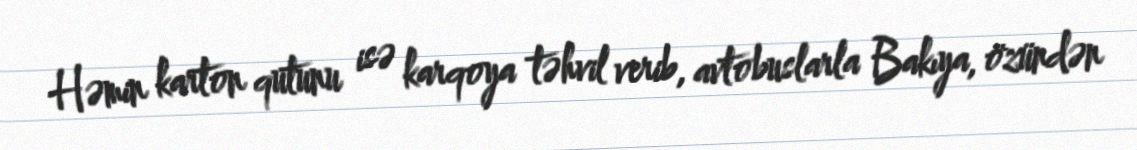
Həmin karton qutunu isə karqoya təhvil verib, avtobuslarla Bakıya, özündən